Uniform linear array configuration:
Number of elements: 16
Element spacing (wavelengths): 0.5
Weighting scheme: uniform
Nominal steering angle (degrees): -30
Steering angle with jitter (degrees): -30.693
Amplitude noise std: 0.05
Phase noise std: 0.05

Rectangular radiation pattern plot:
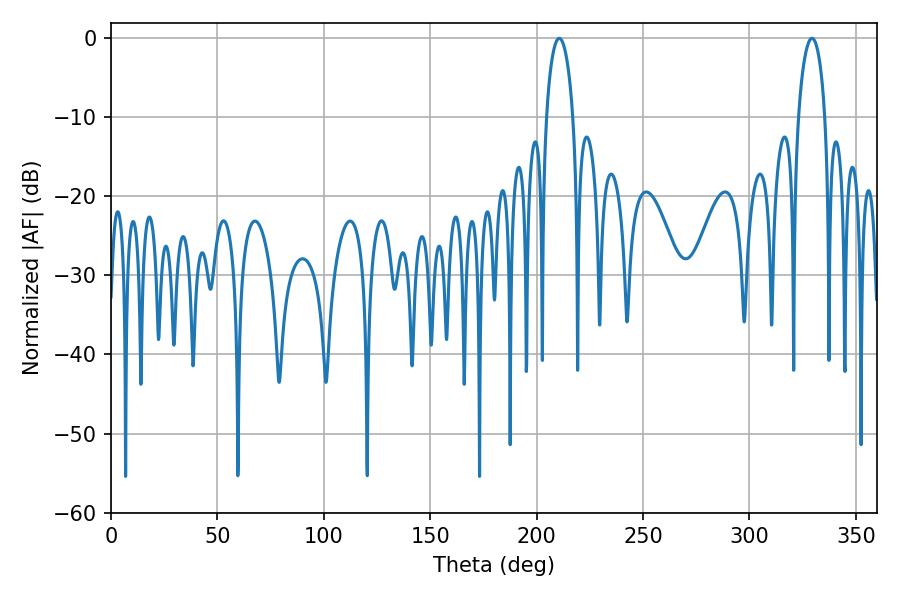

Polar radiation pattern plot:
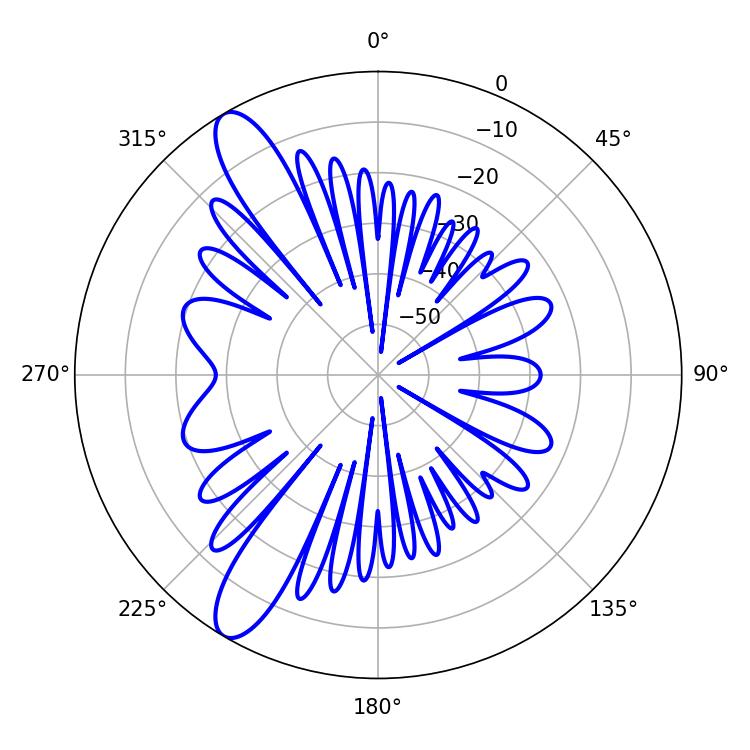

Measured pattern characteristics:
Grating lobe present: FALSE
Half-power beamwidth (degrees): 7.02
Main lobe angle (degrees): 210.6